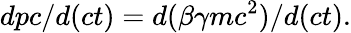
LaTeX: dpc/d(ct)=d(\beta\gamma mc^{2})/d(ct).